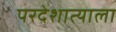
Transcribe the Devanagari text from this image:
परदेशात्याला